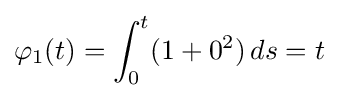
\varphi _{1}(t)=\int _{0}^{t}(1+0^{2})\,ds=t